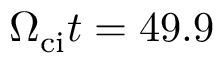
\Omega _ { \mathrm { c i } } t = 4 9 . 9